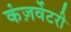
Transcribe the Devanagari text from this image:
कंज़र्वेटरी